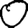
Digit: 0